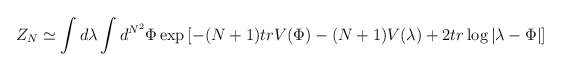
\begin{align*}Z_N \simeq \int d \lambda \int d^{N^2} \Phi \exp \left[ - (N+1) tr V(\Phi)- (N+1) V(\lambda) + 2 tr \log | \lambda - \Phi| \right]\end{align*}